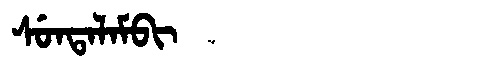
Manchu: ᠰᡠᠨᡨᠠᠯᠠᠮᠪᡳ
Romanization: SUNTALAMBI